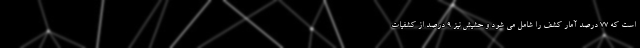
است که ۷۷ درصد آمار کشف را شامل می شود و حشیش نیز ۹ درصد از کشفیات